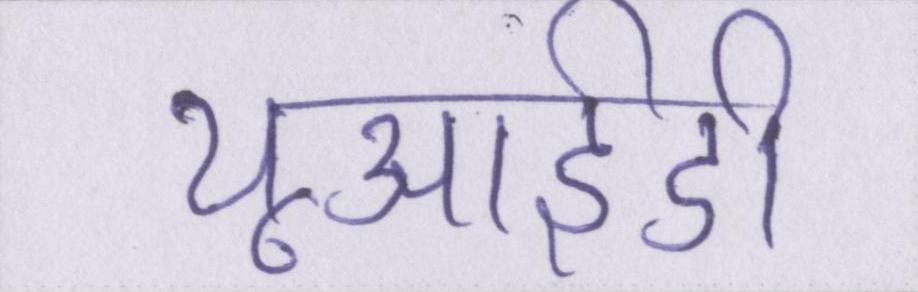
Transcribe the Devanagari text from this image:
यूआईडी